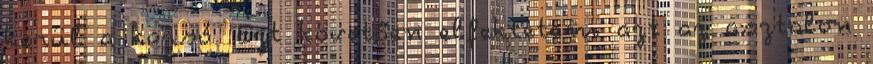
kerül a korsó. Ezt követően elfektetem azt az asztalon